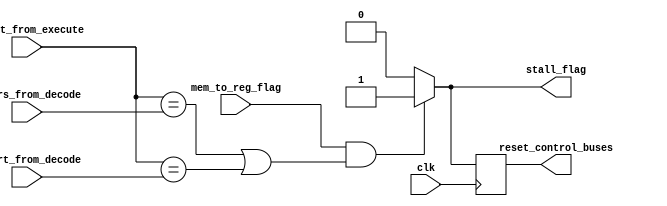
`timescale 1ns / 1ps
//////////////////////////////////////////////////////////////////////////////////
// Company: 
// Engineer: 
// 
// Design Name: 
// Module Name:    HazardDetector 
// Project Name: 
// Target Devices: 
// Tool versions: 
// Description: 
//
// Dependencies: 
//
// Revision: 
// Revision 0.01 - File Created
// Additional Comments: 
//
//////////////////////////////////////////////////////////////////////////////////
module HazardDetector#(
				parameter ADDR_BITS = 5,
				parameter DATA_WIDTH = 32
				)(
				input clk,
				input mem_to_reg_flag,
				input [ADDR_BITS-1:0] reg_rt_from_execute,
				input [ADDR_BITS-1:0] reg_rs_from_decode,
				input [ADDR_BITS-1:0] reg_rt_from_decode,
				output reg stall_flag,
				output reg reset_control_buses
				);
	 
	 always @(posedge clk)
	 begin
		if(mem_to_reg_flag & ((reg_rt_from_execute[ADDR_BITS-1:0] == reg_rs_from_decode[ADDR_BITS-1:0]) | (reg_rt_from_execute[ADDR_BITS-1:0] == reg_rt_from_decode[ADDR_BITS-1:0])))
		begin
			reset_control_buses <= 1;
		end
		else
		begin
			reset_control_buses <= 0;
		end
	 end
	 
	 
	 always @(*)
	 begin
		if(mem_to_reg_flag & ((reg_rt_from_execute[ADDR_BITS-1:0] == reg_rs_from_decode[ADDR_BITS-1:0]) | (reg_rt_from_execute[ADDR_BITS-1:0] == reg_rt_from_decode[ADDR_BITS-1:0])))
		begin
			stall_flag <= 1;
		end
		else
		begin
			stall_flag <= 0;
		end
	 end
	

endmodule